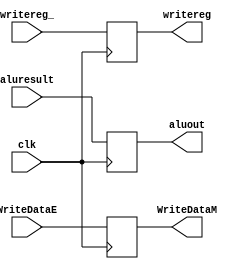
module alureg(input clk, 
              input [31:0] aluresult,
              input [31:0] WriteDataE,
              input [4:0] writereg_,
              output reg [31:0] aluout,
              output reg [31:0] WriteDataM,
              output reg [4:0] writereg);

always @ (posedge clk)
begin
    aluout <= aluresult;
    WriteDataM <= WriteDataE;
    writereg <= writereg_;
end

endmodule